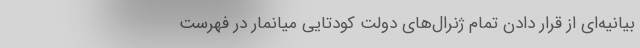
بیانیه‌ای از قرار دادن تمام ژنرال‌های دولت کودتایی میانمار در فهرست